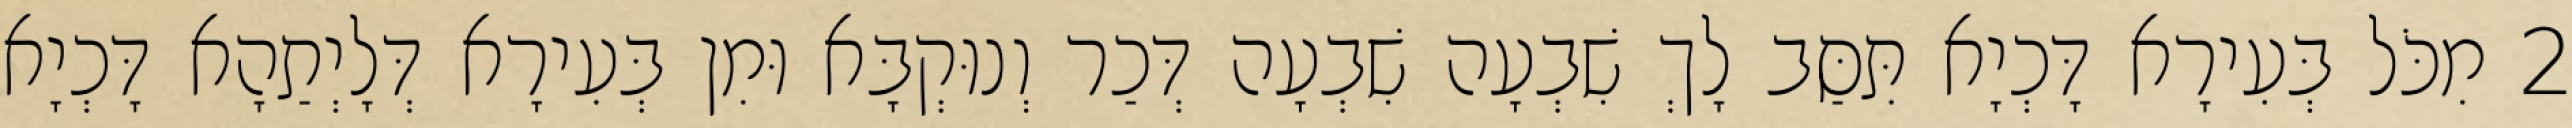
2 מִכֹּל בְּעִירָא דָּכְיָא תִּסַּב לָךְ שִׁבְעָה שִׁבְעָה דְּכַר וְנוּקְבָּא וּמִן בְּעִירָא דְּלָיְתַהָא דָּכְיָא